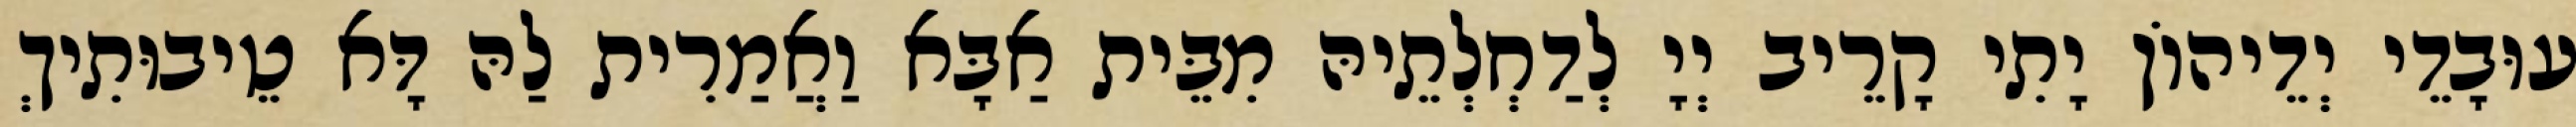
עוּבָדֵי יְדֵיהוֹן יָתִי קָרֵיב יְיָ לְדַחְלְתֵיהּ מִבֵּית אַבָּא וַאֲמַרִית לַהּ דָּא טֵיבוּתִיךְ